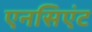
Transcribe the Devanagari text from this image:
एनसिएंट